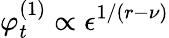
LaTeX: \varphi_{t}^{(1)}\propto\epsilon^{1/(r-\nu)}